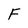
Character: F